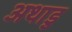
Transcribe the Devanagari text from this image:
अथाडु